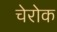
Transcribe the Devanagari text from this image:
चेरोक